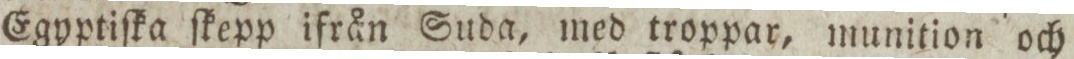
Egyptiſka ſkepp ifrån Suda, med troppar, munition och